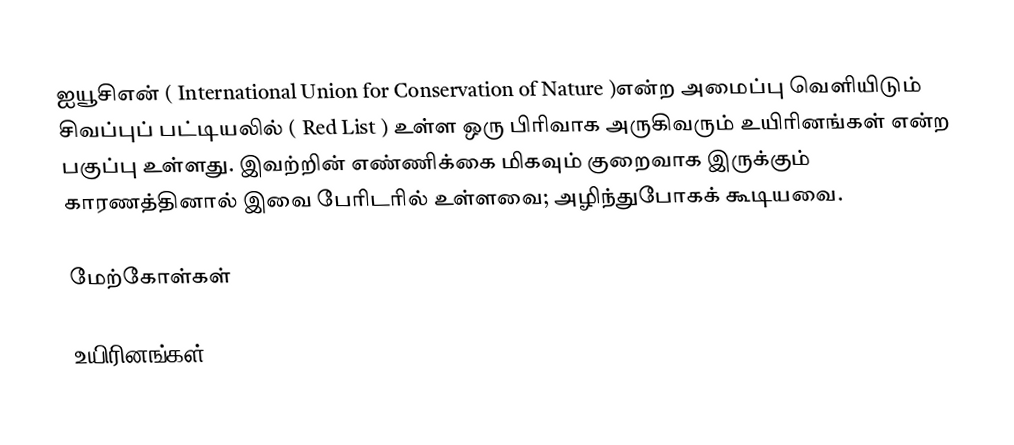
ஐயூசிஎன் ( International Union for Conservation of Nature )என்ற அமைப்பு வெளியிடும் சிவப்புப் பட்டியலில் ( Red List ) உள்ள ஒரு பிரிவாக அருகிவரும் உயிரினங்கள் என்ற பகுப்பு உள்ளது. இவற்றின் எண்ணிக்கை மிகவும் குறைவாக இருக்கும் காரணத்தினால் இவை பேரிடரில் உள்ளவை; அழிந்துபோகக் கூடியவை.

மேற்கோள்கள்

உயிரினங்கள்